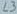
Text: L3